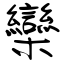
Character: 欒